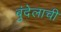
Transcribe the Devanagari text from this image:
बुंदेलाची